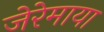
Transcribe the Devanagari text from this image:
जेरेमाया